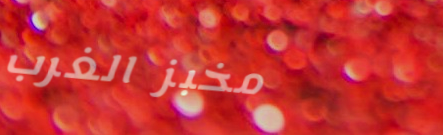
مخبز الغرب